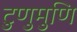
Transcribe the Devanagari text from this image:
टुणुमुणि